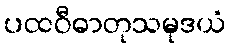
ပထဝီဓာတုသမုဒယံ